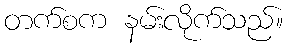
တက်စက နမ်းလိုက်သည်။